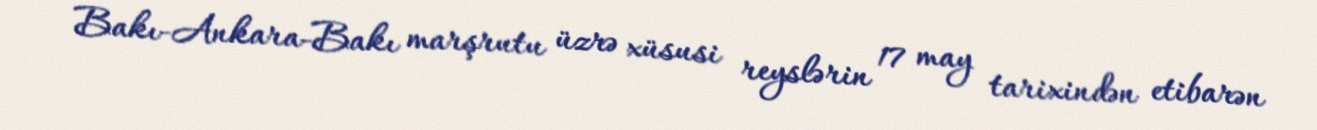
Bakı-Ankara-Bakı marşrutu üzrə xüsusi reyslərin 17 may tarixindən etibarən